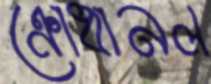
ক্রোধানল